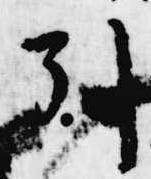
引